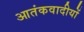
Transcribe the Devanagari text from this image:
आतंकवादीयों